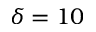
\delta = 1 0